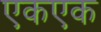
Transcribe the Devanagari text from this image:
एकएक